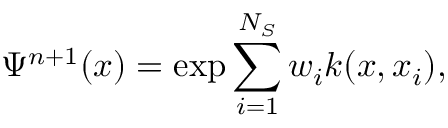
\Psi ^ { n + 1 } ( x ) = \exp { \sum _ { i = 1 } ^ { N _ { S } } w _ { i } k ( x , x _ { i } ) } ,